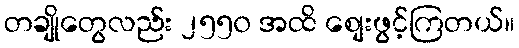
တချိုတွေလည်း ၂၅၅၀ အထိ စျေးဖွင့်ကြတယ်။